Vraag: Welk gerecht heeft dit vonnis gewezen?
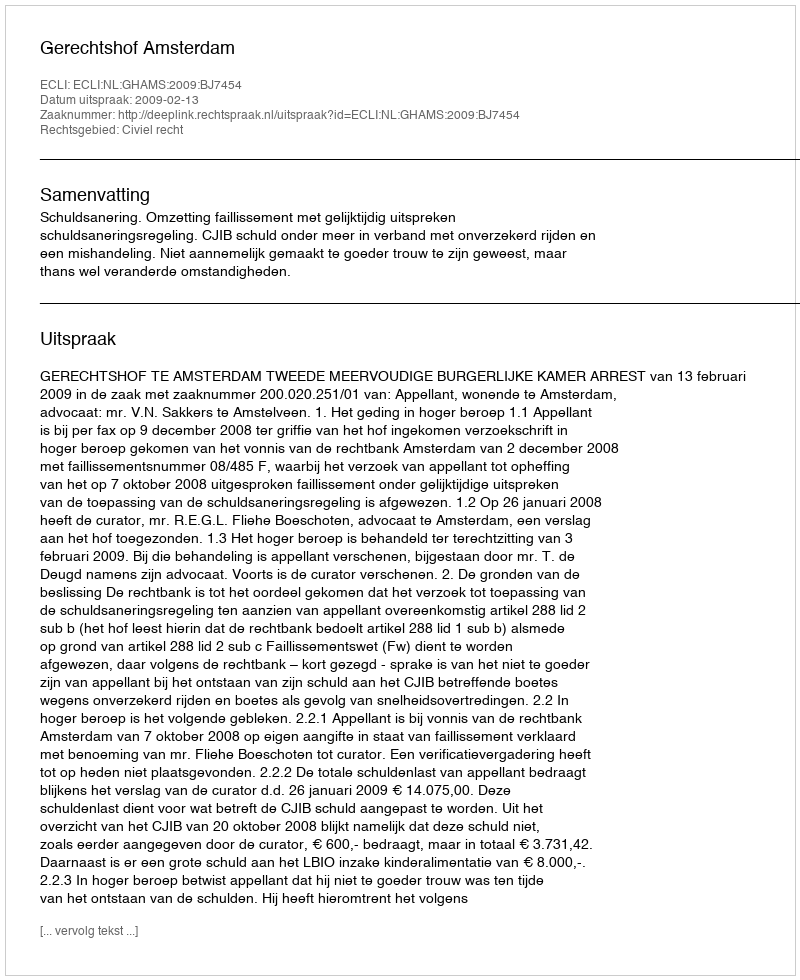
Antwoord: Gerechtshof Amsterdam